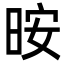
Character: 㫨